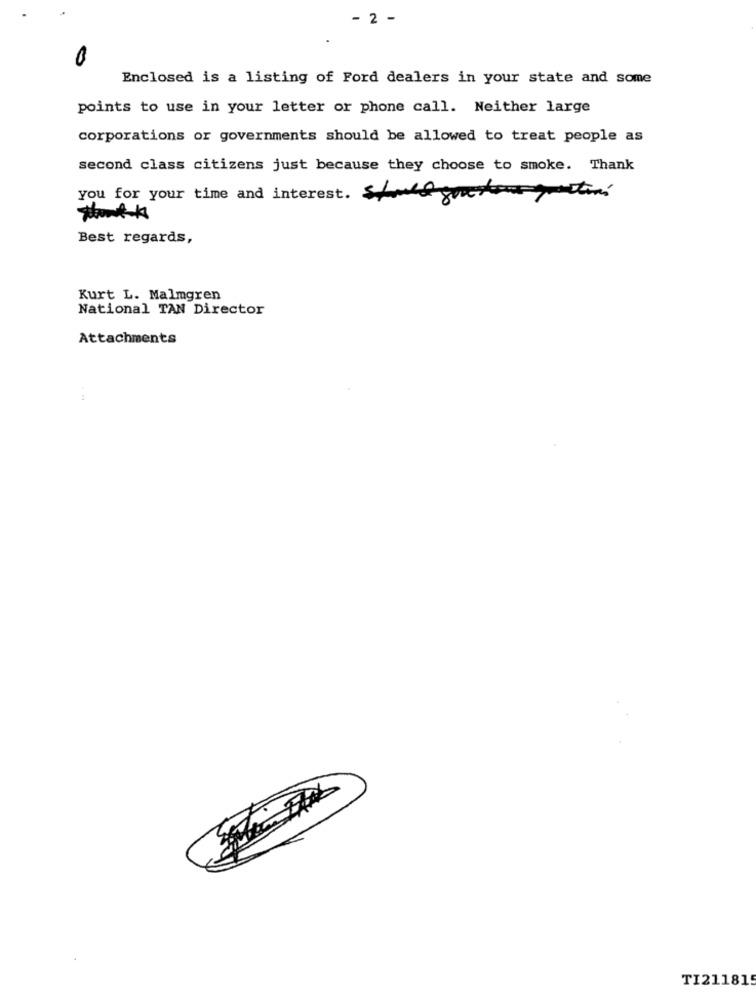
- 2 -
Enclosed is a listing of Ford dealers in your state and some
points to use in your letter or phone call. Neither large
corporations or governments should be allowed to treat people as
second class citizens just because they choose to smoke. Thank
you for your time and interest.
Best regards,
Kurt L. Malmgren
National TAN Director
Attachments
TI211815